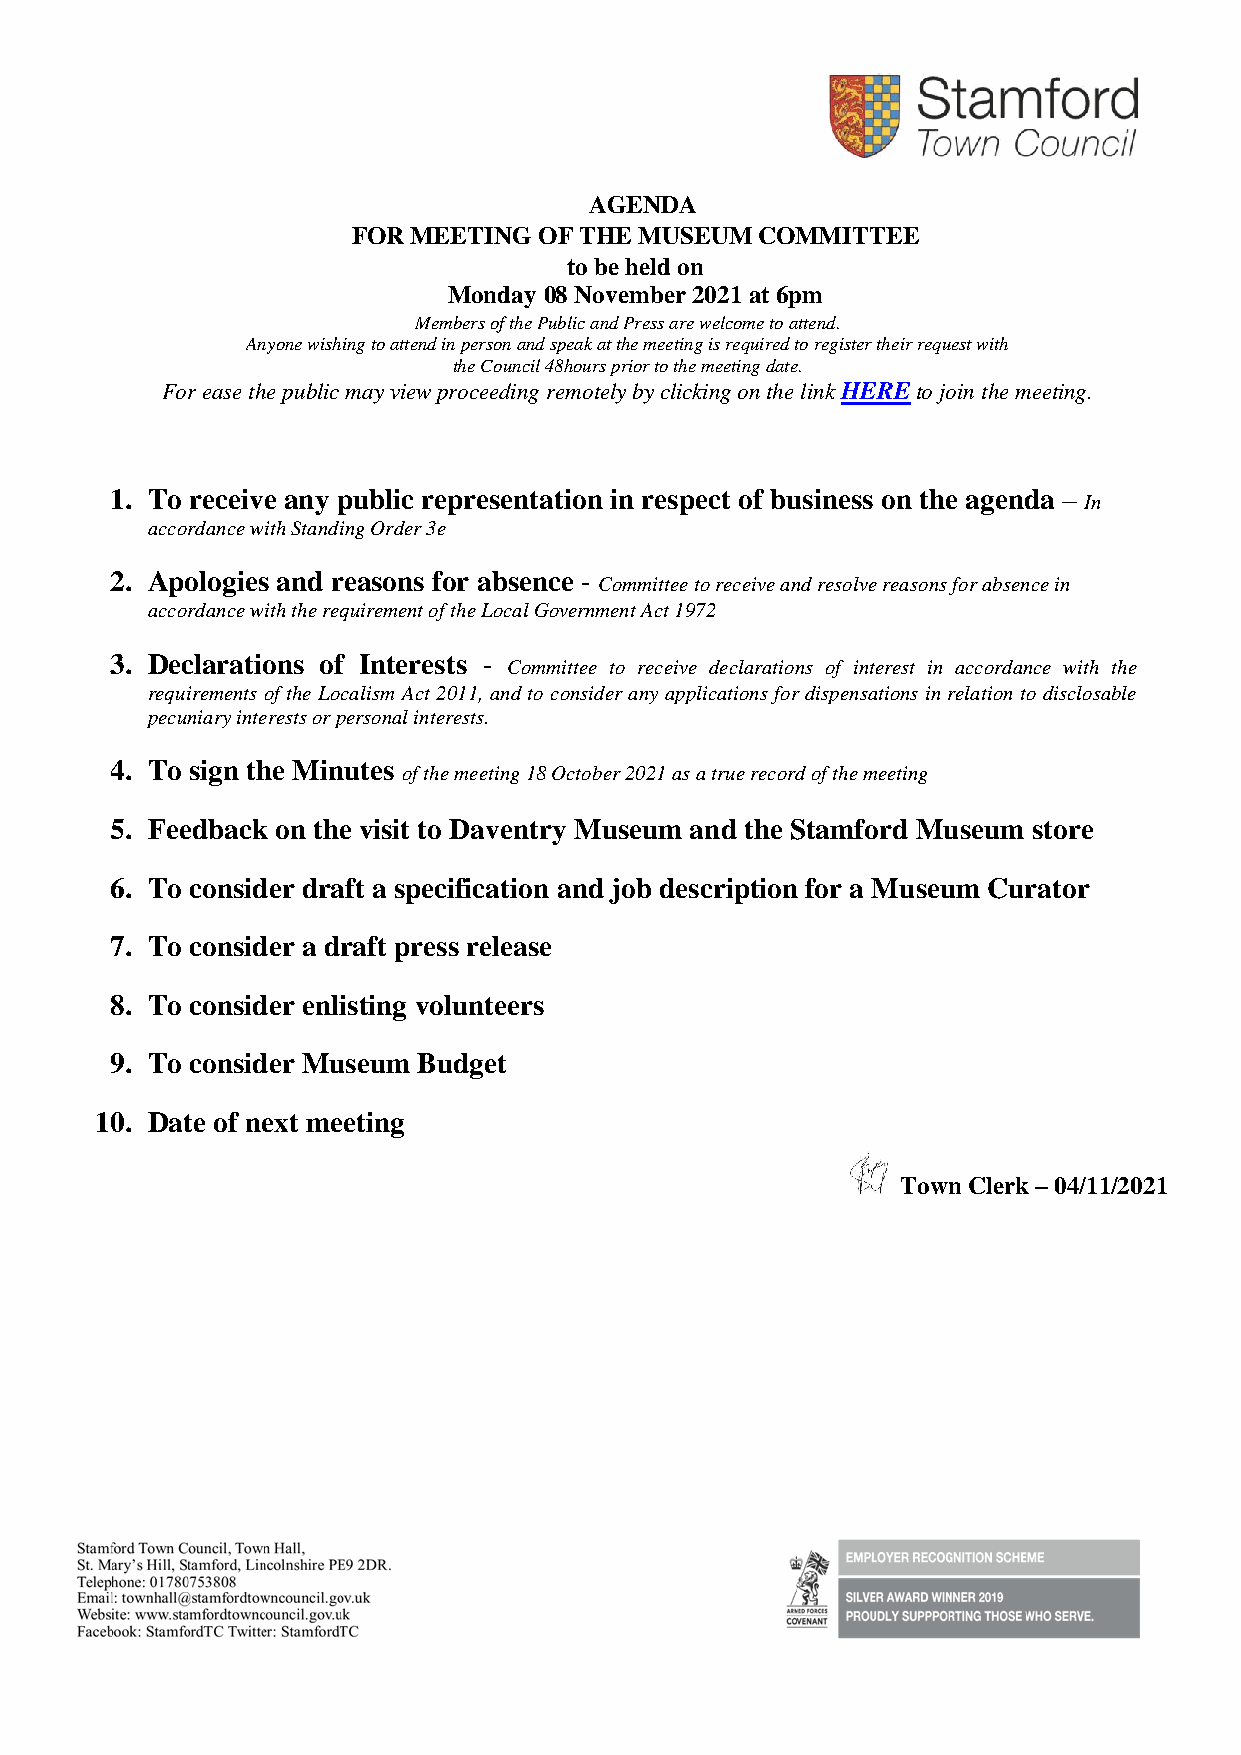
AGENDA
 FOR MEETING  OF THE MUSEUM COMMITTEE
 to be held on
 Monday 08 November 2021 at 6pm
 Members of the Public and Press are welcome to attend.
 Anyone wishing to attend in person and speak at the meeting is required to register their request with
 the Council 48hours prior to the meeting date.
 For ease the public may view proceeding remotely by clicking on the link HERE to join the meeting.
 1. To receive any public representation in respect of business on the agenda –
 In
 accordance with Standing Order 3e
 2. Apologies and reasons for absence -
 Committee to receive and resolve reasons for absence in
 accordance with the requirement of the Local Government Act 1972
 3. Declarations of Interests -
 Committee to receive declarations of interest in accordance with the
 requirements of the Localism Act 2011, and to consider any applications for dispensations in relation to disclosable
 pecuniary interests or personal interests.
 4. To sign the Minutes
 of the meeting 18 October 2021 as a true record of the meeting
 5. Feedback on the visit to Daventry Museum and the Stamford Museum store
 6. To consider draft a specification and job description for a Museum Curator
 7. To consider a draft press release
 8. To consider enlisting volunteers
 9. To consider Museum Budget
 10. Date of next meeting
 Town Clerk – 04/11/2021